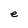
Character: e